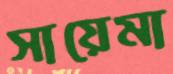
সায়েমা